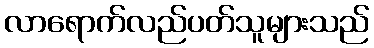
လာရောက်လည်ပတ်သူများသည်